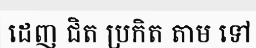
ដេញ ជិត ប្រកិត តាម ទៅ